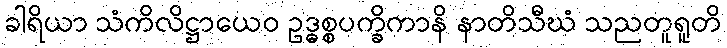
ခါရိယာ သံကိလိဋ္ဌာယေဝ ဥဒ္ဓစ္စပက္ခိကာနိ နာတိသီဃံ သညတူရူတိ